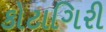
કોટાગિરી